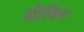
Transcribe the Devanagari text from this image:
जीविनः